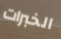
الخبرات